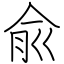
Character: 兪